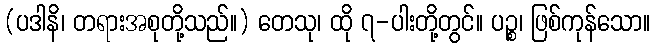
(ပဒါနိ၊ တရားအစုတို့သည်။) တေသု၊ ထို ၇-ပါးတို့တွင်။ ပဉ္စ၊ ဖြစ်ကုန်သော။